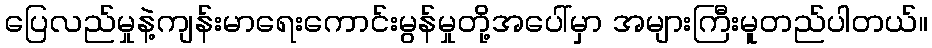
ပြေလည်မှုနဲ့ကျန်းမာရေးကောင်းမွန်မှုတို့အပေါ်မှာ အများကြီးမူတည်ပါတယ်။